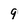
Character: 9